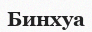
Бинхуа